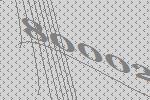
80002